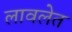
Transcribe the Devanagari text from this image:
लावलेत